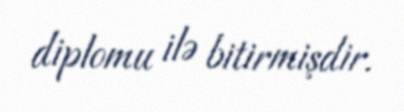
diplomu ilə bitirmişdir.